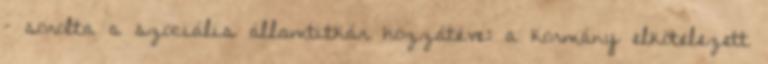
– sorolta a szociális államtitkár hozzátéve: a kormány elkötelezett